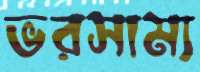
ভরসাম্য